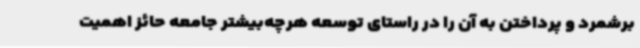
برشمرد و پرداختن به آن را در راستای توسعه هرچه‌بیشتر جامعه حائز اهمیت